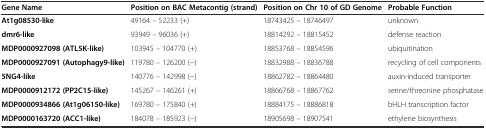
<table><thead><tr><td><b>Gene Name</b></td><td><b>Position on BAC Metacontig (strand)</b></td><td><b>Position on Chr 10 of GD Genome</b></td><td><b>Probable Function</b></td></tr></thead><tbody><tr><td><b>At1g08530-like</b></td><td>49164 – 52233 (+)</td><td>18743425 – 18746497</td><td>unknown</td></tr><tr><td><b>dmr6-like</b></td><td>93949 – 96036 (+)</td><td>18814292 – 18815452</td><td>defense reaction</td></tr><tr><td><b>MDP0000927098 (ATL5K-like)</b></td><td>103945 – 104770 (+)</td><td>18853768 – 18854596</td><td>ubiquitination</td></tr><tr><td><b>MDP0000927091 (Autophagy9-like)</b></td><td>119780 – 126200 (−)</td><td>18832988 – 18836788</td><td>recycling of cell components</td></tr><tr><td><b>5NG4-like</b></td><td>140776 – 142998 (−)</td><td>18862782 – 18864480</td><td>auxin-induced transporter</td></tr><tr><td><b>MDP0000912172 (PP2C15-like)</b></td><td>145267 – 146261 (+)</td><td>18866768 – 18867762</td><td>serine/threonine phosphatase</td></tr><tr><td><b>MDP0000934866 (At1g06150-like)</b></td><td>169780 – 175840 (+)</td><td>18884175 – 18886818</td><td>bHLH transcription factor</td></tr><tr><td><b>MDP0000163720 (ACC1-like)</b></td><td>184078 – 185923 (−)</td><td>18905698 – 18907541</td><td>ethylene biosynthesis</td></tr></tbody></table>